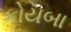
કોયબા